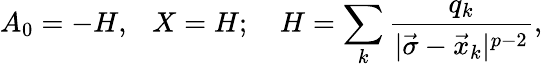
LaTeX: A_{0}=-H,\ \ \ X=H;\ \ \ \ H=\sum_{k}{\frac{q_{k}}{|\vec{\sigma}-\vec{x}_{k}|^{p-2}}},